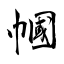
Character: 幗